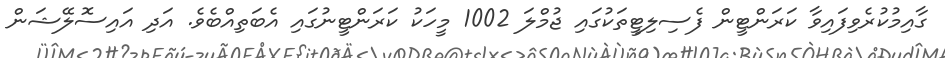
ގާއިމުކުރެވިފައިވާ ކަރަންޓީން ފެސިލިޓީތަކުގައި ޖުމްލަ 1002 މީހަކު ކަރަންޓީނުގައި އެބަތިއްބެވެ. އަދި އައިސޮލޭޝަން